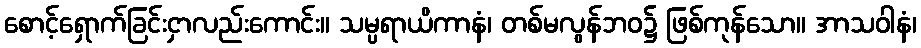
စောင့်ရှောက်ခြင်းငှာလည်းကောင်း။ သမ္ပရာယိကာနံ၊ တစ်မလွန်ဘဝ၌ ဖြစ်ကုန်သော။ အာသဝါနံ၊